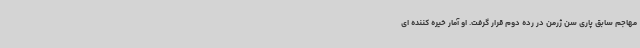
مهاجم سابق پاری سن ژرمن در رده دوم قرار گرفت. او آمار خیره کننده ای